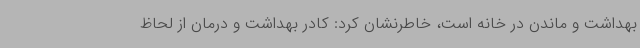
بهداشت و ماندن در خانه است، خاطرنشان کرد: کادر بهداشت و درمان از لحاظ